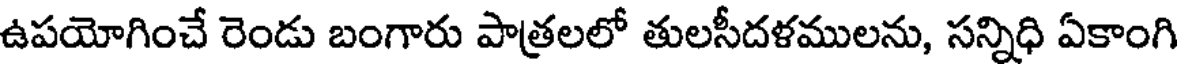
ఉపయోగించే రెండు బంగారు పాత్రలలో తులసీదళములను, సన్నిధి ఏకాంగి